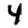
Digit: 4